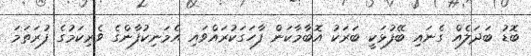
ބޮޑު ބަދަލެއް ގެނައި ބޭފުޅަކީ ބަރަކު އޮބާމާކަން ފާހަގަކުރައްވައި އެމަނިކުފާންގެ ވެރިކަމުގެ ފުރަތަމަ